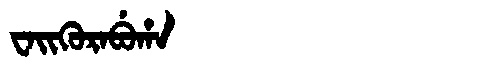
Manchu: ᠸᠠᡳᡴᡠᡵᠠᠪᡠᡥᠠ
Romanization: WAIKURABUHA